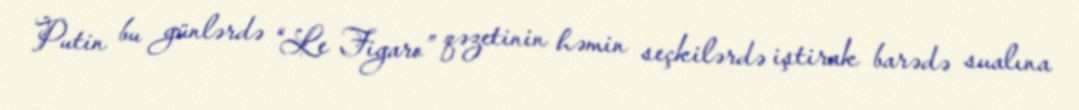
Putin bu günlərdə “Le Figaro” qəzetinin həmin seçkilərdə iştirak barədə sualına